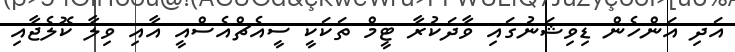
އަދި އަންހެން ޑިވިޝަނުގައި ވާދަކުރާ ޓީމް ތަކަކީ ސީއެޗްއެސްއީ އާއި ވިލާ ކޮލެޖާއި